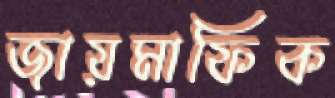
জায়মাফিক